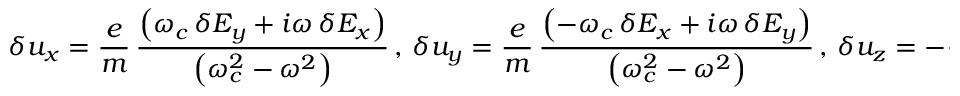
\delta u _ { x } = \frac { e } { m } \, \frac { \left( \omega _ { c } \, \delta E _ { y } + i \omega \, \delta E _ { x } \right) } { \left( \omega _ { c } ^ { 2 } - \omega ^ { 2 } \right) } \, , \, \delta u _ { y } = \frac { e } { m } \, \frac { \left( - \omega _ { c } \, \delta E _ { x } + i \omega \, \delta E _ { y } \right) } { \left( \omega _ { c } ^ { 2 } - \omega ^ { 2 } \right) } \, , \, \delta u _ { z } = - \frac { i e } { m \omega } \, \delta E _ { z } \, .